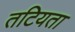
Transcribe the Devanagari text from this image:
तटियता